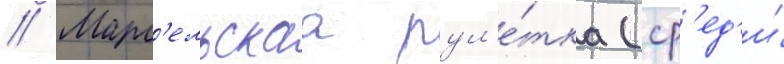
// Марс'ельскаа рул'е́тка (ср'ед'и́